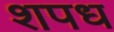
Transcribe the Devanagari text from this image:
शपध